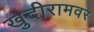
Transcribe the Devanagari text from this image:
खुदीरामवर